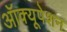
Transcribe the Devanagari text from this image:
ऑक्यूपेशन